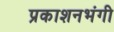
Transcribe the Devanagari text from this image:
प्रकाशनभंगी